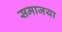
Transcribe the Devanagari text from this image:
समाजया